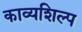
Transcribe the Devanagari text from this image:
काव्यशिल्प